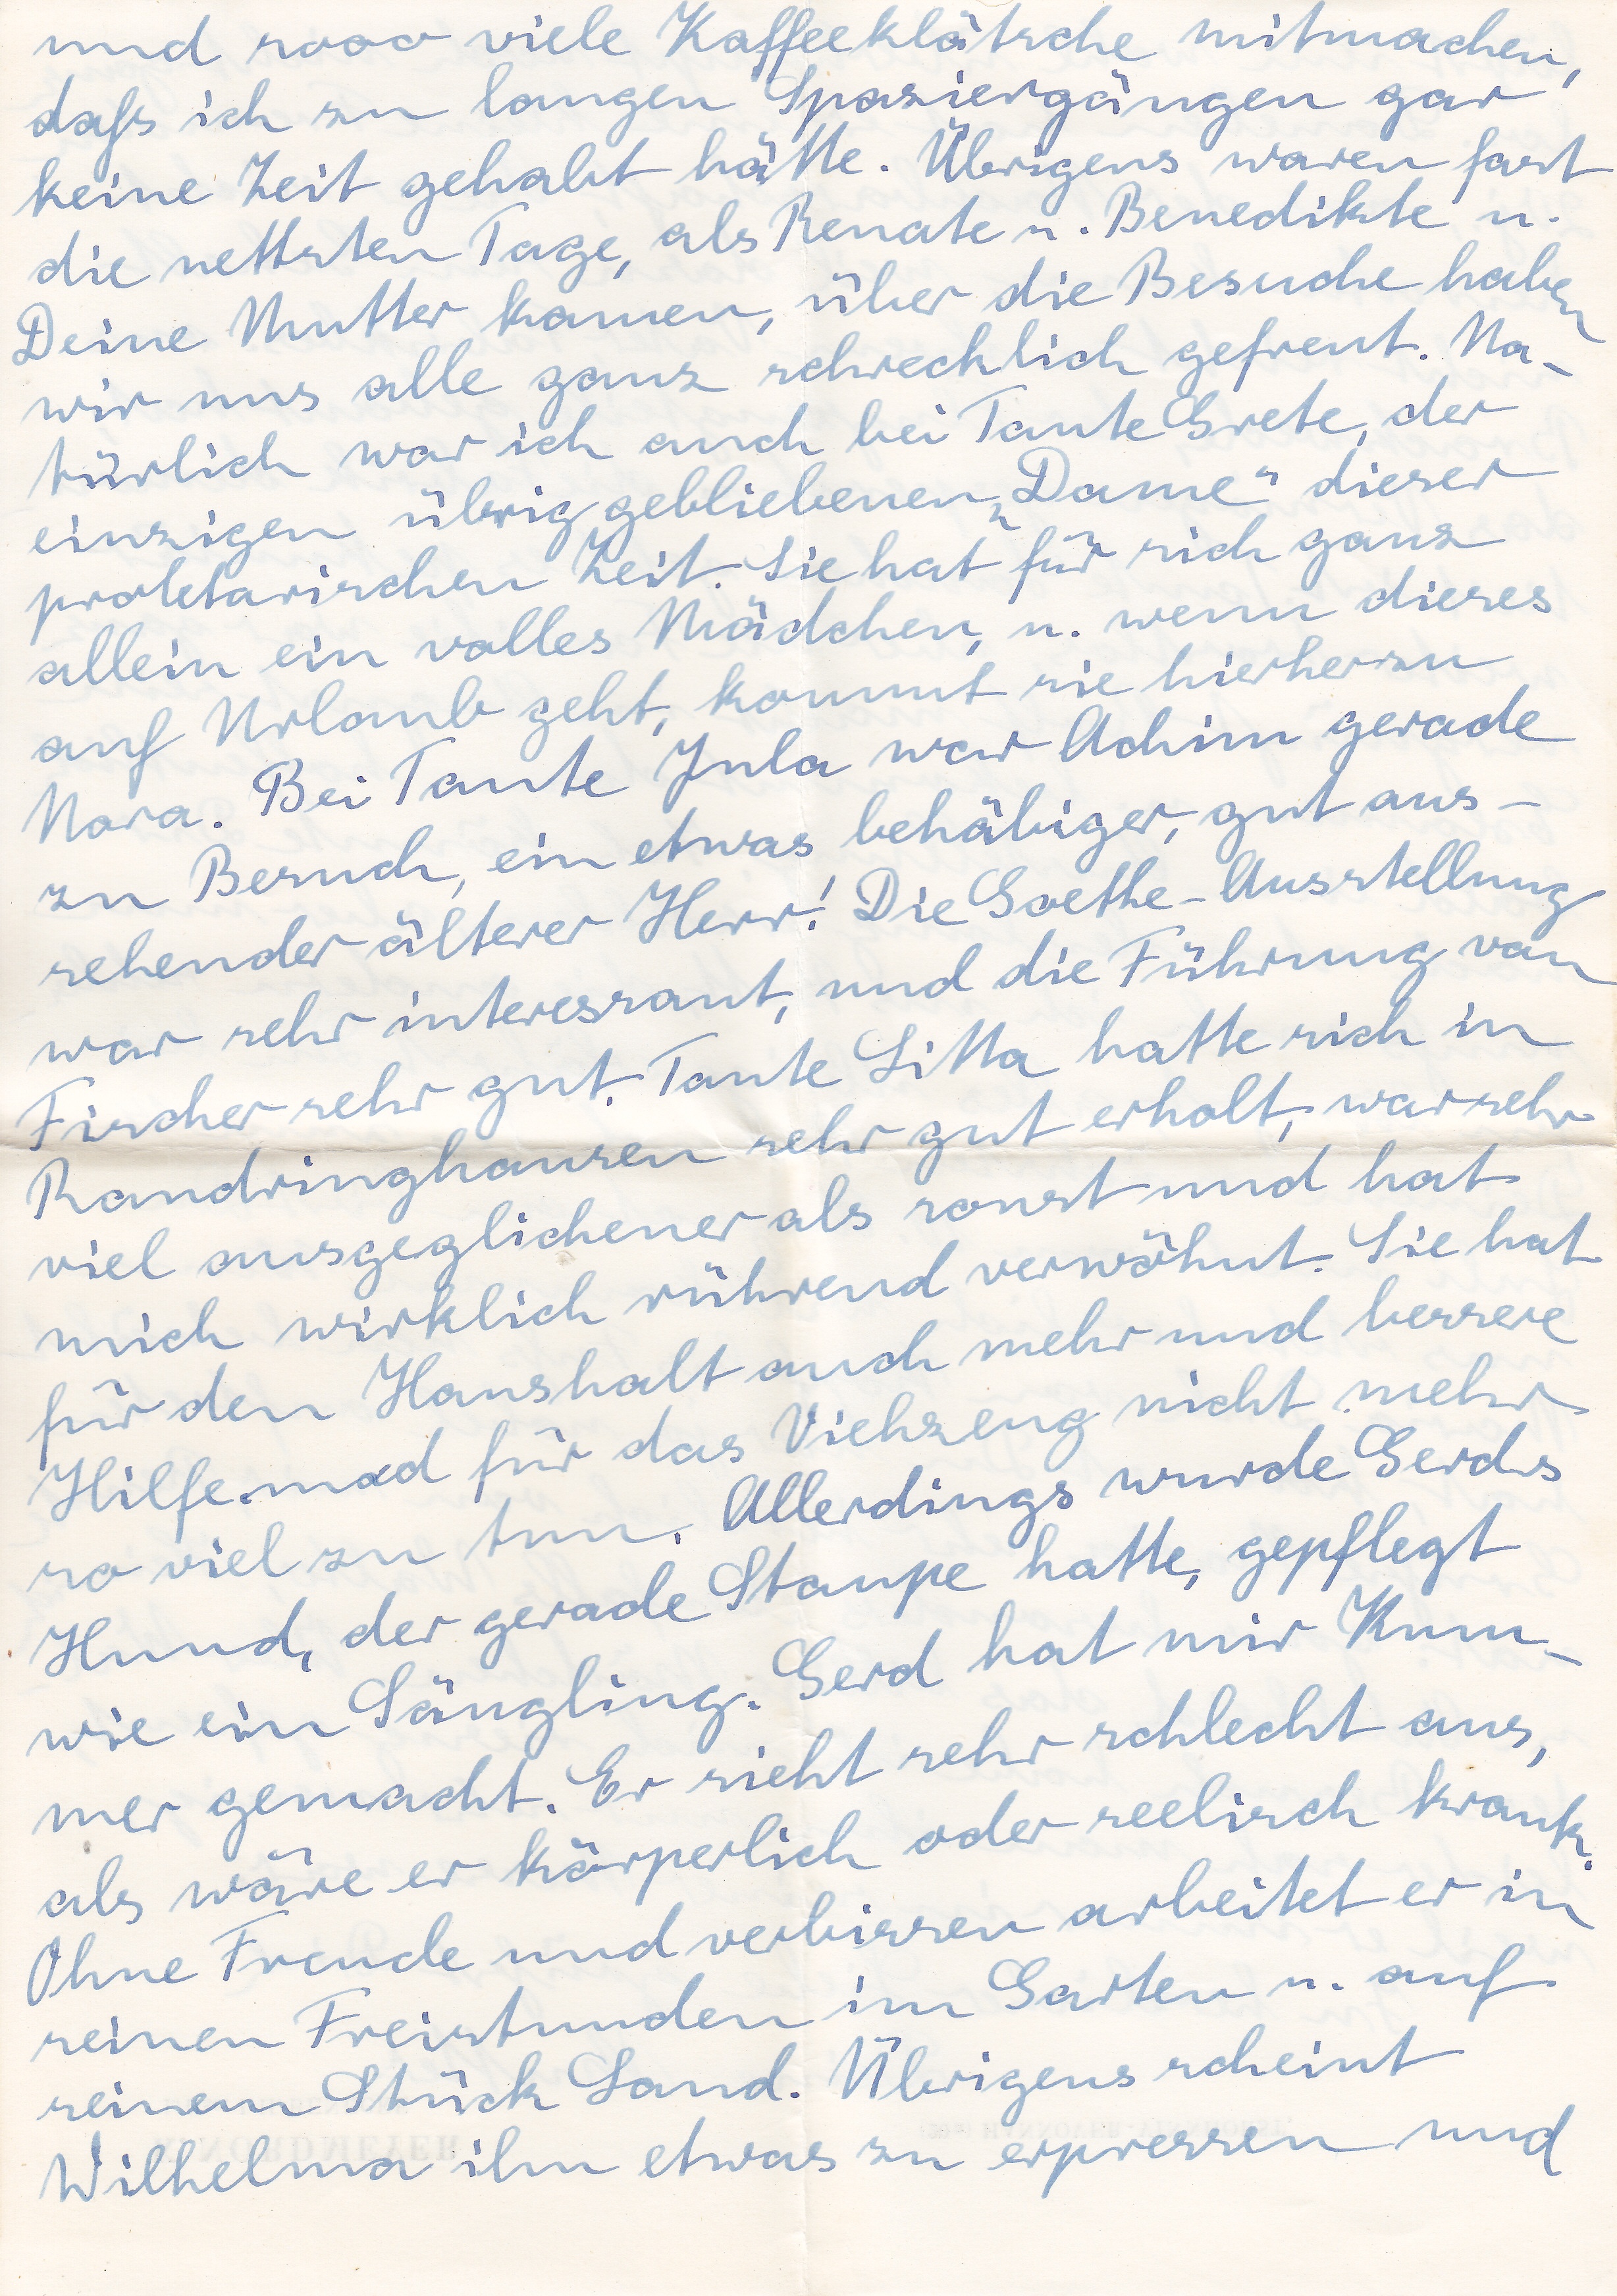
und sooo viele Kaffeeklätsche mitmachen
daß ich zu langen Spaziergängen gar
keine Zeit gehabt hätte. Übrigens waren fast
die nettesten Tage, als Renate u. Benedikte u.
Deine Mutter kamen, über die Besuche haben
wir uns alle ganz schrecklich gefreut. Na
türlich war ich auch bei Tante Grete, der
einzigen übriggebliebenen Dame dieser
proletarischen Zeit. Sie hat für sich ganz
allein ein volles Mädchen, u. wenn dieses
auf Urlaub geht, kommt sie hierher zu
Nora. Bei Tante Jula war Achim gerade
zu Besuch, ein etwas behäbiger, gut aus
sehender älterer Herr! Die Goether-Ausstellung
war sehr interessant, und die Führung von
Fischer sehr gut. Tante Litta hatte sich in
Randringhausen sehr gut erholt, war sehr
viel ausgeglichener als sonst und hat
mich wirklich rührend verwöhnt. Sie hat
für den Haushalt auch mehr und bessere
Hilfe und für das Viehzeug nicht mehr
so viel zu tun. Allerdings wurde Gerds
Hund, der gerade Staupe hatte, gepflegt
wie ein Säugling. Gerd gar mir Kum
mer gemacht. Er sieht sehr schlecht aus,
als wäre er körperlich oder seelisch krank
Ohne Freude und verbissen arbeitet er in
seinen Freistunden im Garten u. auf
seinem Stück Land. Übrigens scheint
Wilhelma ihm etwas zu erpressen und